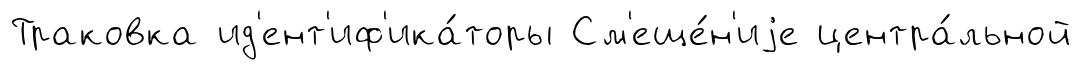
Траковка ид'ент'иф'ика́торы См'еще́н'иjе центра́льной